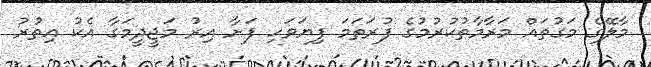
މާލޭގެ މަގުތައް މަރާމާތުކުރުމުގެ ފުރަތަމަ ފިޔަވަހި ފަށާ އިރު މަޖީދީމަގާ އެކު އިތުރު